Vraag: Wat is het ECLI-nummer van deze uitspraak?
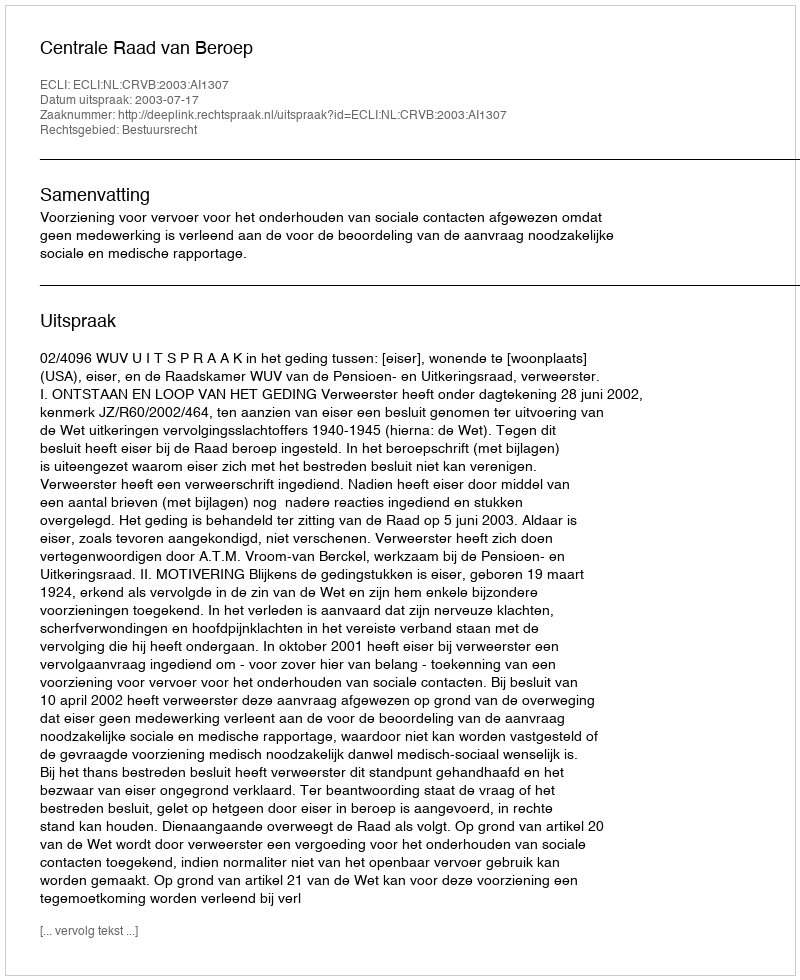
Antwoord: ECLI:NL:CRVB:2003:AI1307